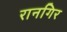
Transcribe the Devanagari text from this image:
रानगिर